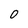
Character: 0